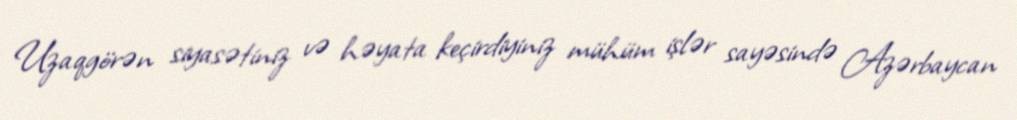
Uzaqgörən siyasətiniz və həyata keçirdiyiniz mühüm işlər sayəsində Azərbaycan